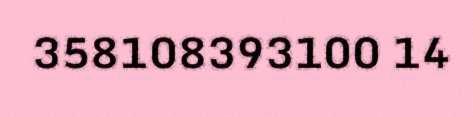
358108393100 14